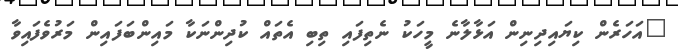
"އަހަރެން ކިޔައިދިނިން އަޅާލާނެ މީހަކު ނެތިފައި ތިބި އެތައް ކުދިންނަކާ މައިންބަފައިން މަރުވެފައިވާ